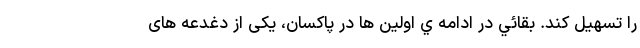
را تسهیل کند. بقائي در ادامه ي اولين ها در پاکسان، یکی از دغدعه های